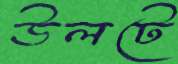
উলটে